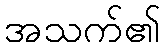
အသက်၏